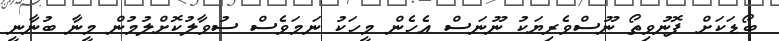
ބޯޑަކަށް ފޮނުވިތޯ ނޫސްވެރިޔަކު ނޫނަސް އެހެން މީހަކު ނަމަވެސް ސުވާލުކޮށްލުމުން މީނާ ބުނާނީ